Annual report on the lock hospitals of the Madras Presidency
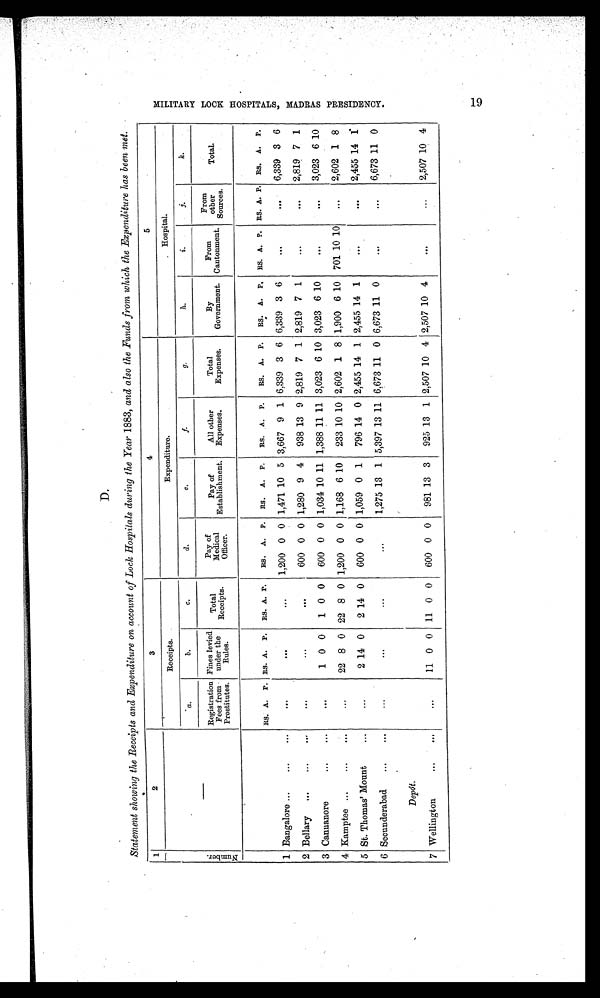
D.
Statement showing the Receipts and Expenditure on account of Lock Hospitals during the Year 1883, and also the Funds from which the Expenditure has been met.
1
2
3
4
5
Nu mb e r .
—
Receipts.
Expenditure.
Hospital.
a.
b.
c.
d.
e .
f.
g.
h.
i.
j .
k.
Registration
Fees from
Prostitutes.
Fines levied
under the
Rules.
Total
Receipts.
Pay of
Medical
Officer.
Pay of
Establishment.
All other
Expenses.
Total
Expenses.
By
Government.
From
Cantonment.
From
other
Sources.
Total.
RS. A. P. RS. A. P. RS. A. P. RS. A. P. RS. A. P. RS. A. P. RS. A. P. RS. A. P. RS. A. P. RS. A. P. RS. A. P.
1 Bangalore ...
...
...
. . .
. . .
. . .
1,200 0 0 1,471 10 5 3,667 9 1 6,339 3 6 6,339 3 6
. . .
...
6,339 3 6
2 Bellary ...
...
..
. . .
. . .
. . .
600 0 0 1,280 9 4 938 13 9 2,819 7 1 2,819 7 1
. . .
. . . 2,819 7 1
3 Cannanore
...
...
. . .
1 0 0 1 0 0 600 0 0 1,034 10 11 1,388 11 11 3,023 6 10 3,023 6 10
. . .
. . . 3,023 6 10
4 Kamptee ...
...
...
...
22 8 0 22 8 0 1,200 0 0 1,168 6 10 233 10 10 2,602 1 8 1,900 6 10 701 10 10 ...
2,602 1 8
5 St. Thomas' Mount
...
...
2 14 0 2 14 0 600 0 0 1,059 0 1 796 14 0 2,455 14 1 2,455 14 1
. . .
. . . 2,455 14 1
6 Secunderabad ...
...
. . .
. . .
...
...
1,275 13 1 5,397 13 11 6,673 11 0 6,673 11 0
. . .
. . . 6,673 11 0
Depôt.
7 Wellington
...
. . .
...
11 0 0 11 0 0 600 0 0 981 13 3 925 13 1 2,507 10 4 2,507 10 4
. . .
...
2,507 10 4
M I L I T A R Y L O C K H O S P I T A L S , M A D R A S P R E S I D E N C Y .